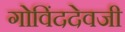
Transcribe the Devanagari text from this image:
गोविंददेवजी